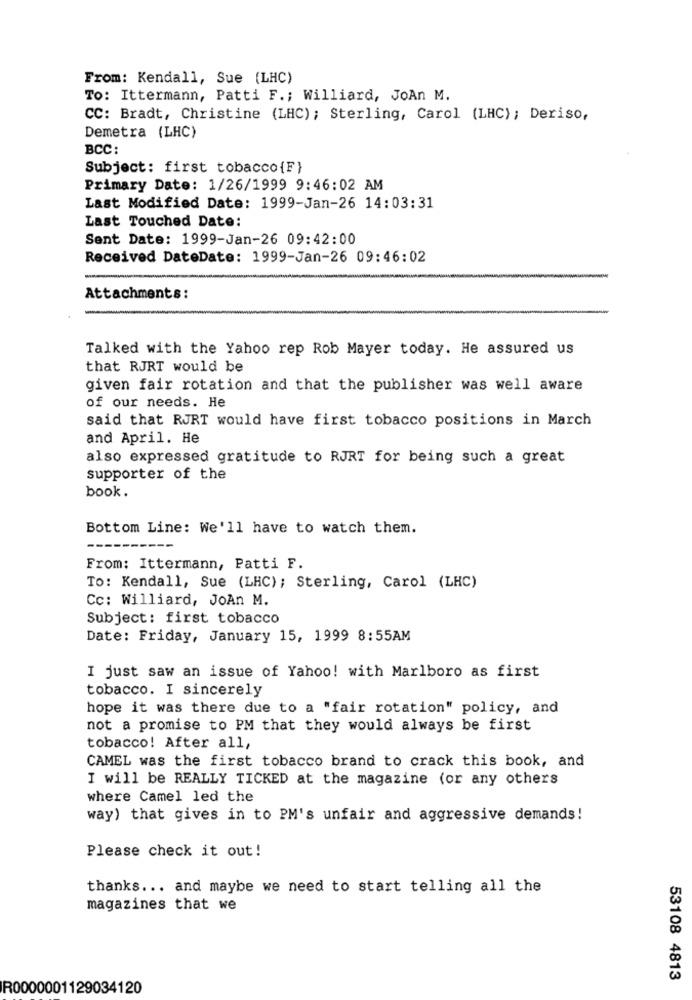
From: Kendall, Sue (LHC)
To: Ittermann, Patti F .; Williard, JoAn M.
CC: Bradt, Christine (LHC); Sterling, Carol (LHC); Deriso,
Demetra (LHC)
BCC:
Subject: first tobacco{F}
Primary Date: 1/26/1999 9:46:02 AM
Last Modified Date: 1999-Jan-26 14:03:31
Last Touched Date:
Sent Date: 1999-Jan-26 09:42:00
Received DateDate: 1999-Jan-26 09:46:02
Attachments:
Talked with the Yahoo rep Rob Mayer today. He assured us
that RJRT would be
given fair rotation and that the publisher was well aware
of our needs. He
said that RJRT would have first tobacco positions in March
and April. He
also expressed gratitude to RJRT for being such a great
supporter of the
book.
Bottom Line: We'll have to watch them.
From: Ittermann, Patti F.
To: Kendall, Sue (LHC); Sterling, Carol (LHC)
Cc: Williard, JoAn M.
Subject: first tobacco
Date: Friday, January 15, 1999 8:55AM
I just saw an issue of Yahoo! with Marlboro as first
tobacco. I sincerely
hope it was there due to a "fair rotation" policy, and
not a promise to PM that they would always be first
tobacco! After all,
CAMEL was the first tobacco brand to crack this book, and
I will be REALLY TICKED at the magazine (or any others
where Camel led the
way) that gives in to PM's unfair and aggressive demands!
Please check it out!
thanks ... and maybe we need to start telling all the
magazines that we
53108 4813
R0000001129034120